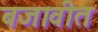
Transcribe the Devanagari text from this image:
बजावीत